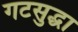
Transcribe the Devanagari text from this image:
गटसुद्धा